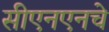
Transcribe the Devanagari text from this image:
सीएनएनचे